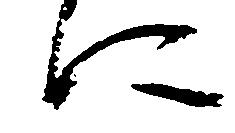
に